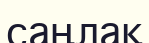
саңлақ